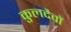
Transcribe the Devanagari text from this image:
कुलदैवों